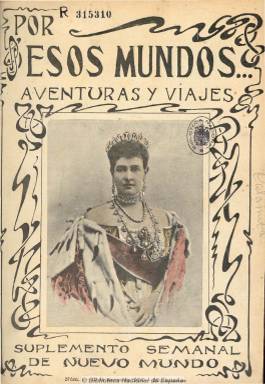
Título: Por esos mundos (Madrid)
Colección: Revistas turísticas y de viajes
Ámbito geográfico: Madrid
Lugar de publicación: Madrid
Fechas: 15/01/1900-04/07/1926

Comienza a publicarse el 15 de enero de 1900, como suplemento de los lunes (después aparecerá cada sábado) de la también revista semanal Nuevo mundo (1894-1913), que aparecía los miércoles, fundadas y dirigidas ambas por el periodista José del Perojo Figueras (1850-1908), formando parte estos dos títulos del nuevo periodismo gráfico español que empieza a desarrollarse en entresiglos, en el que está también presente, desde 1891, la revista Blanco y negro, fundada por Torcuato Luca de Tena (1861-1929). Tanto éste como Perojo rivalizarán por atraer a sus publicaciones a un público burgués y bien pensante –según señalan Seoane y Sáiz (1996)-, aunque este último con un carácter más abierto y progresista y menos rosa que el de su competidor. En el caso de Por esos mundos, con el subtítulo “aventuras y viajes”, asuntos estos que, por otro lado, ya había producido el año anterior otro título: Alrededor del mundo (1899-1930), con el que competirá, y que irá aumentando a otros, especialmente los de actualidad.

Según se señala en su primer número, el objeto de Por esos mundos será “instruir y recrear, sin alardes de erudición… llevando a cada casa… en forma de crónica ilustrada, la información gráfica”. Como “revista ilustrada de viajes y aventuras”, aparecerá en entregas de una veintena de páginas, compuestas a dos columnas y en formato folio, con una cubierta estampada a dos tintas (más tarde serán en cuatricomía)) y enteramente dedicada a un retrato fotográfico de personajes de la realeza o de otras personalidades y artistas o a bellos dibujos de tipos, tanto mundiales como españoles. Los textos describirán lugares, viajes exóticos o expediciones, o divulgarán asuntos de la naturaleza, de antropología o de costumbres sociales, de gastronomía, deportes, inventos o descubrimientos técnicos, de medicina popular, educativos o de criminología, y tendrá una destacada sección con el epígrafe Curiosidades fotográficas, a la que le siguen otras de consultas grafológicas, una enciclopedia de remedios caseros, de cosas raras o curiosas, de preguntas y pasatiempos. Sus textos van acompañados de casi media decena de dibujos y algún mapa pero sobre todo de unas dieciséis fotografías de media en blanco y negro, careciendo, generalmente, tanto textos como ilustraciones de autores, y utilizando material de otras revistas extranjeras. En las dos últimas páginas aparecen inserciones de anuncios publicitarios, que después ocuparán mucho más espacio, sobre todo en los números de enero y junio de cada año, en los que se publicitarán las obras de la editorial Nuevo Mundo.

A partir de julio de 1901 (número 78) reduce su formato y se convierte en un gran magazine independiente de Nuevo mundo, con un centenar de páginas (y foliación continuada), estampada en un papel de mejor calidad y bajo el subtítulo “publicación mensual de literatura, arte, actualidades y teatro”. Añadirá a sus relatos de viajes y aventuras, otros de carácter histórico, así como textos literarios (relatos, cuentos, novelas, poemas) y de divulgación científica o de biografías, entre otros, acompañados de un número muy profuso de fotografías. Tendrá a partir de ahora secciones como El mes teatral o Actualidades, y entre sus colaboradores literarios aparecerán Eusebio Blasco, Manuel Reina, José Francés, Emilio Carrere, Emilia Pardo Bazán, Antonio G. Linares, Augusto Martínez Olmedilla, Adolfo Durá, Manuel Carretero, Félix Méndez, Salvador Rueda, Manuel Merino, Manuel Abril, Eusebio Sierra, Eduardo de Lustonó, Ricardo Donoso Cortés, Teodoro Llorente o José María Llamas Aguinaliedo, entre otros. También publicará traducciones de novelas de autores extranjeros, principalmente de aventuras y misterio o fantásticas, entre los que cabe citar a Edgar Allan Poe, Connan Doyle, Mark Twain, H.G. Wells o N. Hawthorne. El fotógrafo José Campúa será uno de los autores de los retratos de sus portadas.

Tras instalar Perojo, en 1906, unos modernísimos talleres tipográficos, fallecerá dos años después en plena actividad parlamentaria como diputado conservador (era amigo de Antonio Maura). El nuevo enlace matrimonial contraído por su viuda con Miguel de Maeztu (1880-), hará que éste asuma la gerencia de la empresa, dándole a Augusto Barrado (1863-1946) la dirección de Por esos mundos, que a partir de enero de 1909 adoptará el subtítulo “publicación mensual enciclopédica”. En 1911 se producirá el abandono de la empresa del periodista y dibujante Francisco Verdugo Landi (1874-1959) y de Mariano Zavala (1865-1944), que habían sido director y gerente, respectivamente, de Nuevo mundo, así como de sus más destacados colaboradores, entre ellos José María Carretero (El Caballero Audaz), o los redactores gráficos José Campúa y José Díaz Casariego, quienes a partir del dos de noviembre de ese año comenzarán a publicar la revista Mundo gráfico, que competirá hostilmente contra Nuevo mundo. Entre 1911 y 1914, José del Perojo (hijo) será director de Por esos mundos (que adopta el subtítulo: revista mensual ilustrada), y este último año la empresa que había fundado su padre, tanto sus talleres como sus dos revistas, pasarán a manos de Verdugo y Zavala, quien constituirán la empresa Prensa Gráfica, S.A., que presidirá Nicolás María de Urgoiti (1869-1951), presidente a su vez de La Papelera Española. La revista quedará en manos ahora de Verdugo (como director) y Zavala (como gerente), y seguirá editándose cada mes, hasta el de diciembre de 1916 (entrega 263), cuando se anuncie su suspensión temporal, que se convertirá en definitiva, quizá por la escasez y el desmesurado aumento del precio del papel ocasionado por la guerra mundial.

Los contenidos de Por estos mundos eran por estos años muy variados. Además de los de actualidad, publicará textos sobre ciencias físicas y naturales, literatura y cuentos, historia y geografía, leyendas y tradiciones españolas, deportes, música, arqueología, arquitectura, arte militar y decorativo, astronomía, botánica, medicina, escultura, turismo, viajes, sociología, industria o curiosidades e inventos. Tenía secciones, como Crónica mundial, Páginas femeninas, Revista de libros, Consultorios grafológico, médico y jurídico, Frivolidades y Páginas humorísticas, así como un Suplemento musical (con partituras). R. Manchón, Karikato o Tovar publican dibujos y caricaturas. Otros ilustradores serán Varela de Seijas o Bartolozzi. Y entre sus colaboradores literarios se encuentran también J. Héctor Picabia, Ángel Guerra, Fernando de Antón del Olmet, Edmundo González Blanco, Eduardo Zamacois o Colombine, entre otros.

Según las estadísticas oficiales, en 1913, Por esos mundos tenía una tirada de 20.000 ejemplares, y las restantes revistas del grupo de Prensa Gráfica las siguientes: Nuevo mundo (1894-1933), 125.000; Mundo gráfico (1911-1936), 80.000, y La esfera (1914-1931), 60.000 ejemplares, y contaba además con el semanario deportivo Aire libre (1913-1925); mientras que Blanco y negro, del grupo Prensa Española, tenía una tirada de 80.000 ejemplares.

Diez años después, Por esos mundos tendrá una segunda época y reaparecerá el tres de enero de 1926, como “revista semanal” y “revista de todo para todos”, en entregas que rondan las 132 páginas, con cerca de medio centenar de artículos y otro de ilustraciones, especialmente fotografías. Según la estadística oficial de este año, Por esos mundos tenía una tirada de 50.000 ejemplares, y las restantes revista del grupo Prensa Gráfica las siguientes: Mundo gráfico, 130.000; Nuevo mundo, 80.000, y La esfera, 45.000 ejemplares; mientras que Blanco y negro, de Prensa Española, tenía una tirada 100.00 ejemplares.

La colección de este título en la Biblioteca Nacional de España termina en el número 27, correspondiente al cuatro de julio de ese mismo año 1926. En el último número de 1900 publica un índice de contenidos, que a partir de 1901 serán semestrales. Además de las referencias bibliográficas sobre este título de Gómez Aparicio (1974), Seoane y Sáiz (1996) y Sánchez Vigil (2008), puede consultarse el trabajo de Díaz Regadera (1996) sobre la labor editorial de Perojo.